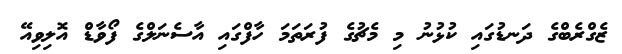
ޒެގްރެބްގެ ދަނޑުގައި ކުޅުނު މި މެޗުގެ ފުރަތަމަ ހާފްގައި އާސެނަލްގެ ފޯވާޑް އޮލިވިއޭ